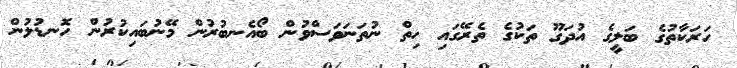
ހަރަކާތުގެ ބަލީގެ އުދަގޫ ތަކުގެ ތެރޭގައި ހިތް ނުތަނަވަސްވުން ބޯއެނބުރުން މޭނުބައިކުރުން ހޮނޑުލުން